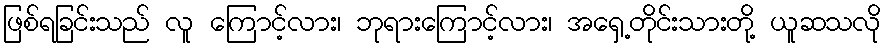
ဖြစ်ရခြင်းသည် လူ ကြောင့်လား၊ ဘုရားကြောင့်လား၊ အရှေ့တိုင်းသားတို့ ယူဆသလို